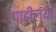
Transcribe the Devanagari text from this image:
पाहील्या